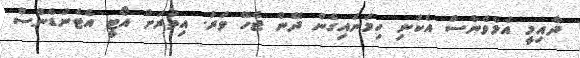
ދާއިމީ އެލެވެންސް އެކަނި ހިމަނައިގެން ދޭން ޖެހޭ ވަރު. އިތުރަށް އޯޓީ އެޓެންޑެންސް